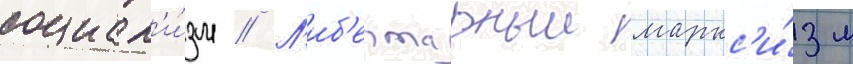
социал'и́зм // Л'иб'ертарныи маркс'и́зм